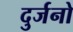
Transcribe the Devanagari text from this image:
दुर्जनो